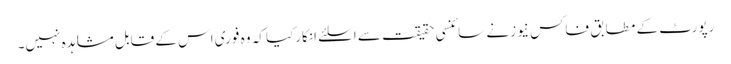
رپورٹ کے مطابق فاکس نیوز نے سائنسی حقیقت سے اسلئے انکارکیا کہ وہ فوری اس کے قابل مشاہدہ نہیں۔